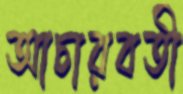
আচারবতী